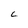
Character: C